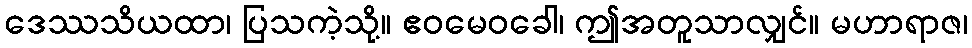
ဒေဿသိယထာ၊ ပြသကဲ့သို့။ ဧဝမေဝခေါ၊ ဤအတူသာလျှင်။ မဟာရာဇ၊